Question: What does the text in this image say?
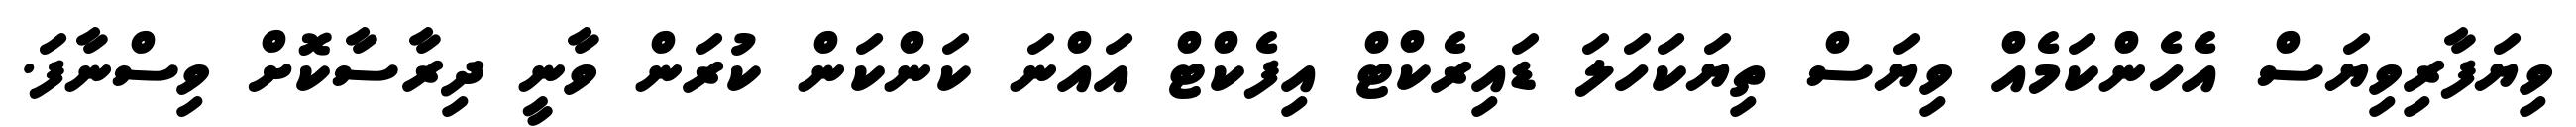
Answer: ވިޔަފާރިވިޔަސް އެހެންކަމެއް ވިޔަސް ތިޔަކަހަލަ ޑައިރެކްޓް އިފެކްޓް އައްނަ ކަންކަން ކުރަން ވާނީ ދިރާސާކޮށް ވިސްނާފަ.